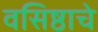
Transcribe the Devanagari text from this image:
वसिष्ठाचे